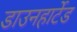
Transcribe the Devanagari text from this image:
डाउनहार्टेड